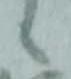
候